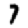
Digit: 7